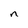
Character: n